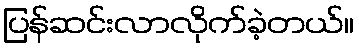
ပြန်ဆင်းလာလိုက်ခဲ့တယ်။